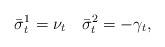
LaTeX: \begin{align*}\bar\sigma^1_t=\nu_t\quad\bar\sigma^2_t=-\gamma_t,\end{align*}